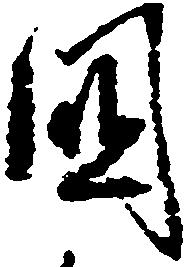
国